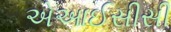
એઆઈસીસી